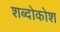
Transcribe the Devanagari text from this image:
शब्दोकोश